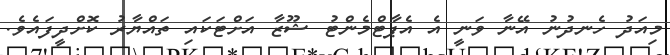
މިއަދު ހެނދުނު އޭނާ ވަނީ އެ އެޕާޓްމެންޓު ޝޫޒާ އަށްޓަކައި ތައްޔާރު ކޮށްދީފައެވެ.